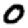
Digit: 0